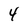
Character: 4